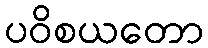
ပဝိစယတော